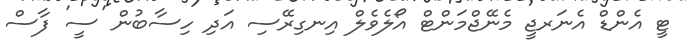
ޓީ އެންޑް އެނަރޖީ މެނޭޖްމަންޓް އޯލެވެލް އިނގިރޭސި އަދި ހިސާބުން 'ސީ' ފާސް